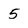
Character: 5